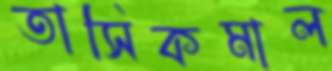
তাসিকমাল